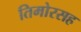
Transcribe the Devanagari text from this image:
तिमोरसह